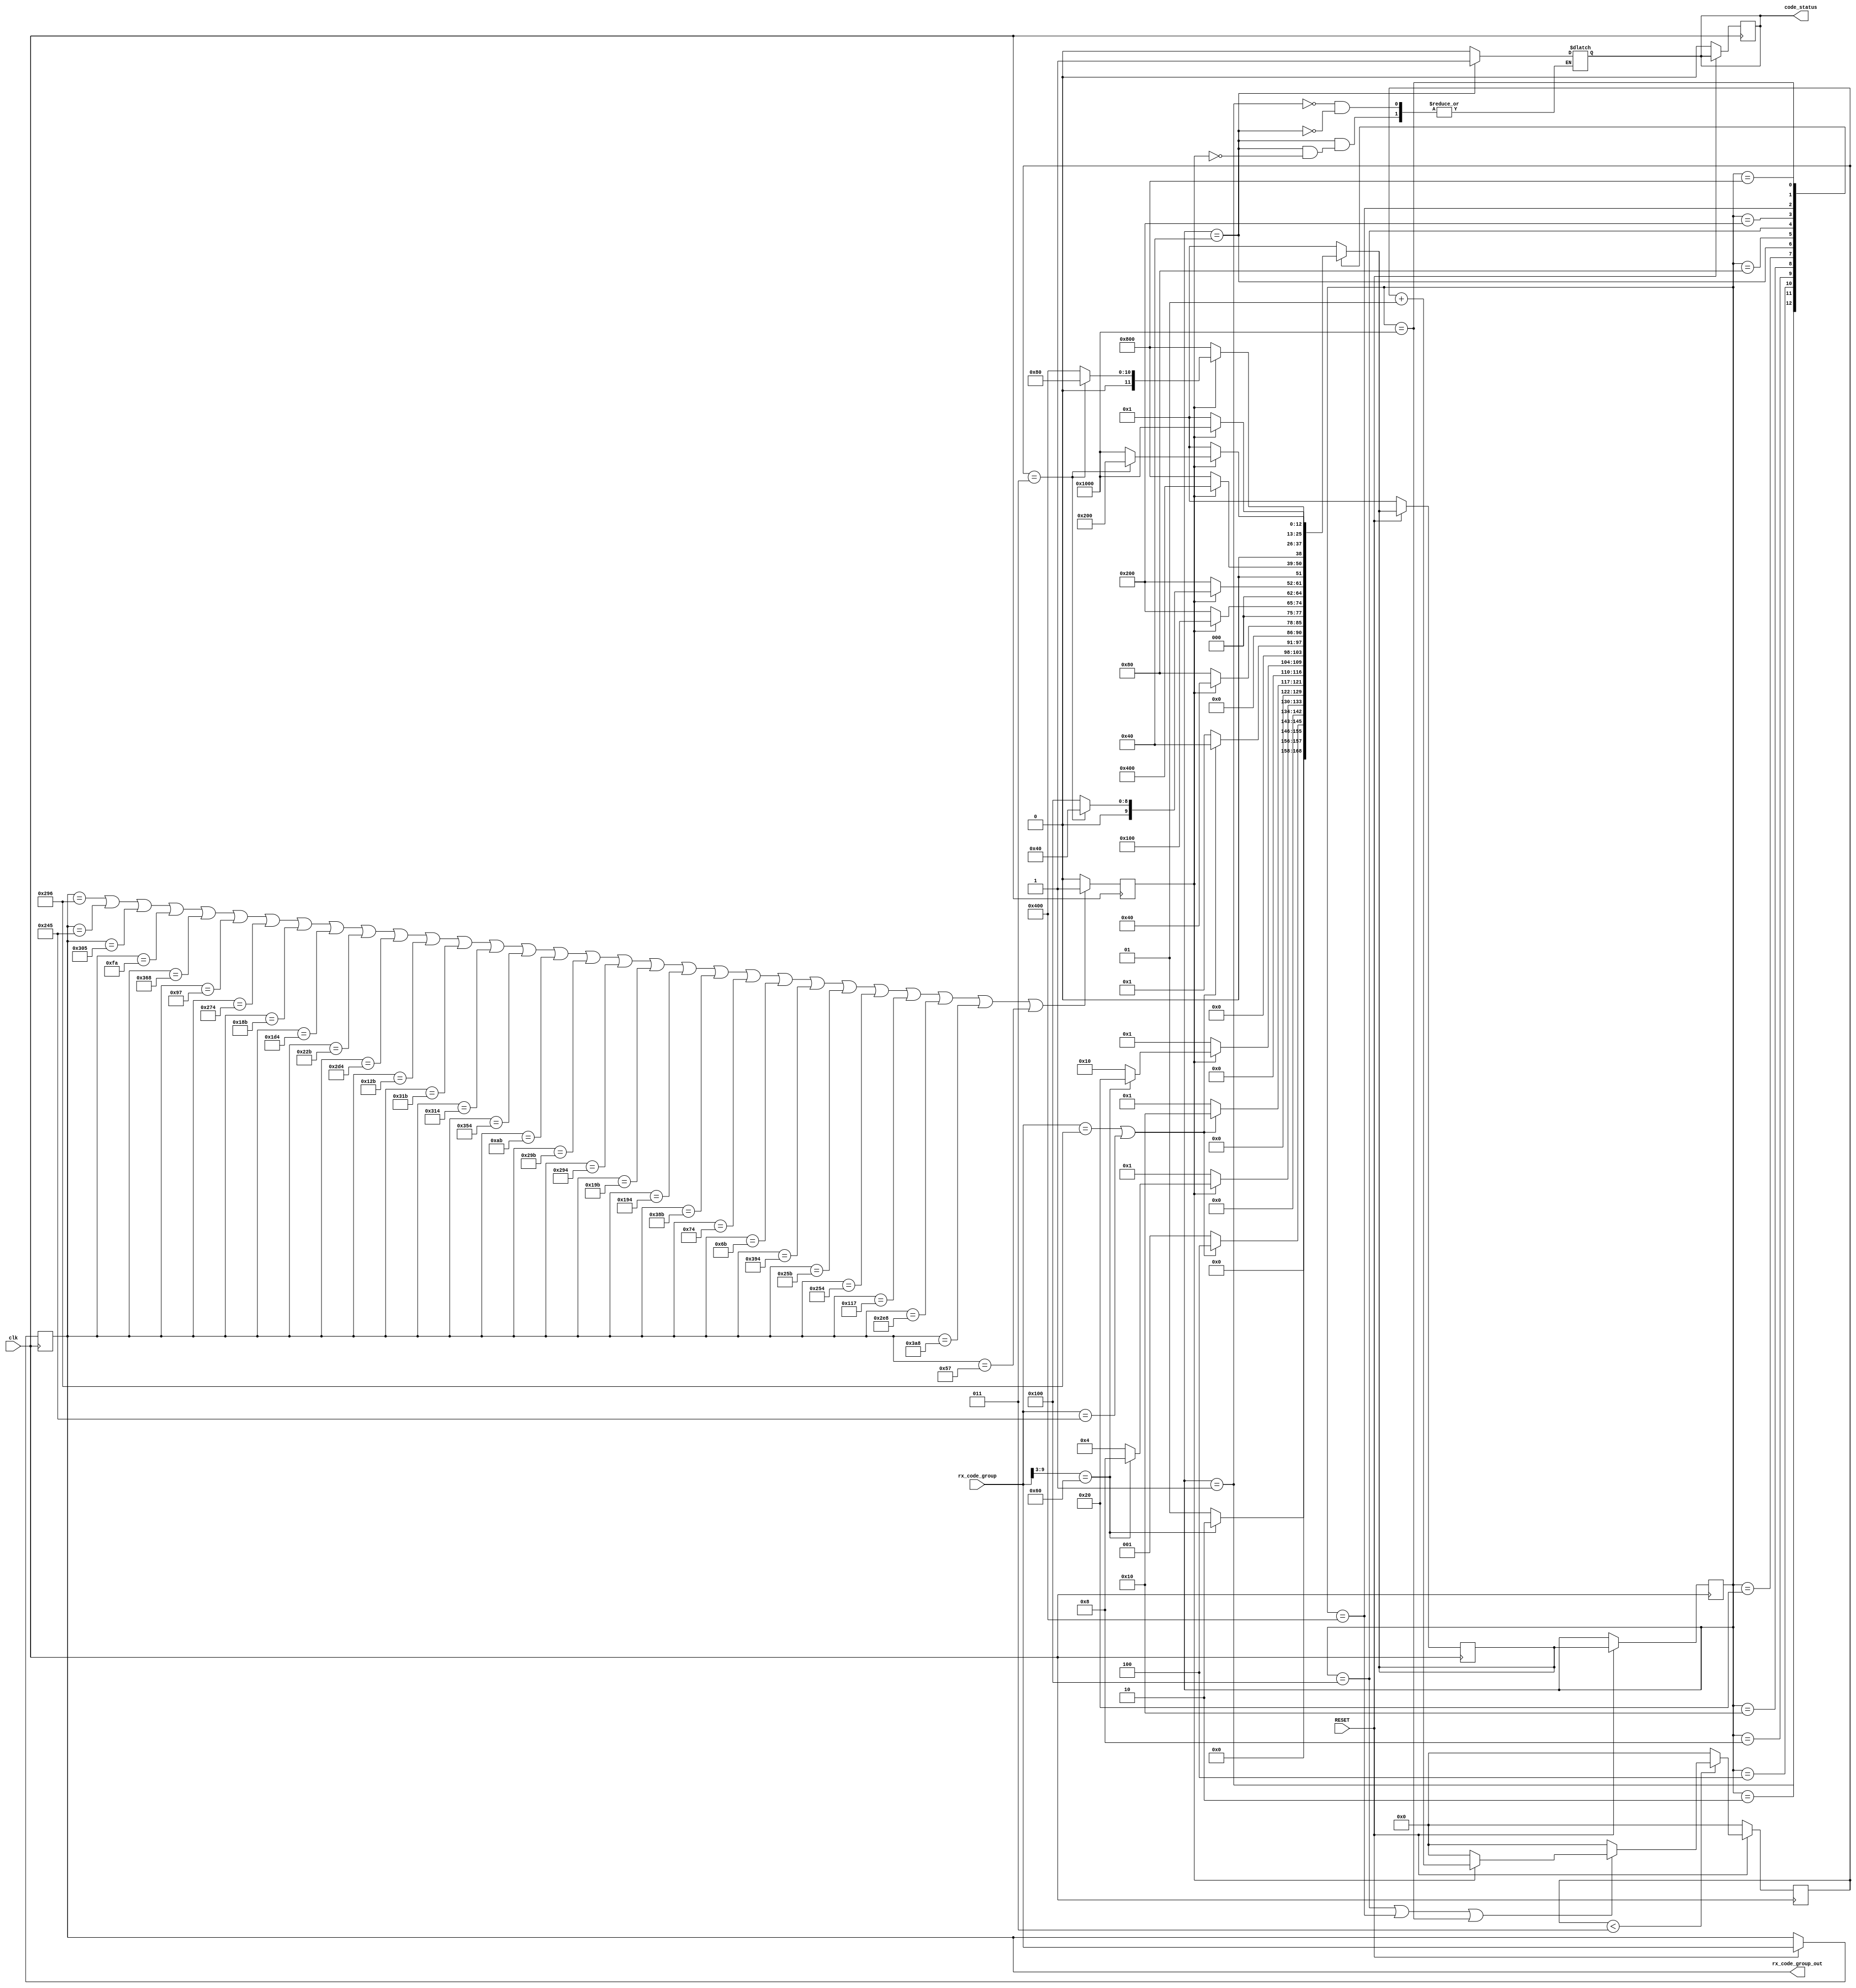
module sincronizador(
rx_code_group,
clk,
RESET,
code_status,
rx_code_group_out

);

//-----------Estados------------
parameter Loss_of_sync = 13'h1;
parameter Comma_detect_1 = 13'h2;
parameter Acquire_Sync_1 = 13'h4;
parameter Comma_detect_2 = 13'h8;
parameter Acquire_Sync_2 = 13'h10;
parameter Comma_detect_3 = 13'h20;
parameter Sync_Acquired_1 = 13'h40;
parameter Sync_Acquired_2 = 13'h80;
parameter Sync_Acquired_2A =13'h100 ;
parameter Sync_Acquired_3 = 13'h200;
parameter Sync_Acquired_3A =13'h400 ;
parameter Sync_Acquired_4 = 13'h800;
parameter Sync_Acquired_4A = 13'h1000;
//-----------Inputs------------
input clk, RESET;
input [9:0] rx_code_group;
//-----------outputs-----------
output reg code_status;
output reg [9:0] rx_code_group_out;
//------------Variables auxiliares--------
reg [6:0] rx; //coma
reg [12:0] state;
integer cdg_cont=0;//contador de codegroups buenos
reg [12:0] nxt_state;
reg rn_even=0;//comar par o impar 
reg valid;//dato valido de los codegroups de control y datos 
//------------Code groups--------
reg [9:0] code_group [0:29];

//------------Codigo--------
always@(posedge clk)begin//flipflops maquina de estado
	if(RESET)begin 
		
		state<= nxt_state;//cambiar de estado
		rx_code_group_out<=rx_code_group;
		if(cdg_cont<3)begin//contador para volver a sincronizarse
			if(state==Sync_Acquired_2A||state==Sync_Acquired_3A||state==Sync_Acquired_4A)begin//si los estados son de sincronizacion 
					if(valid)begin//si el dato es valido 
						cdg_cont<=cdg_cont+1;//suma 1 al contador 
					end else cdg_cont<=0;//
			end else cdg_cont<=0;
		end else cdg_cont<=0;

	end else begin //reset de todas las salidas y variables auxiliares del modulo
		cdg_cont<=0;
		nxt_state<=Loss_of_sync;
		code_status<=0;
	end
end


always @(*)begin

	nxt_state = state;//inicializacion
	
	case(state)//un case para pasar de estado en estado
	
		Loss_of_sync: begin//estado de inicio si hay una coma par
			rx[6:0]=rx_code_group[9:3];
			code_status=0;
			if(rx[6:0] ==7'b1100000)begin
				nxt_state=Comma_detect_1;//pase al siguiente estado
				rn_even=!rn_even;
			end else nxt_state=Loss_of_sync;//repite el estado sino hay coma par
		end
		
		Comma_detect_1: begin //2
			if(rx_code_group==10'b1010010110 || rx_code_group==10'b1001000101)begin//El D es 2 de los casos que se necesitan
				rn_even=0;
				nxt_state=Acquire_Sync_1;//pasa al siguiente estado
			end else nxt_state=Loss_of_sync;//repite el estado si D no es cualquiera de los casos 
		end

		Acquire_Sync_1: begin//si hay una coma par
			rx[6:0]=rx_code_group[9:3];
			if(valid)begin
				if(rx[6:0] == 7'b1100000)begin//
					nxt_state=Comma_detect_2;//pase al siguiente estado
					rn_even=!rn_even;
				end else nxt_state=Acquire_Sync_1;//repite el estado sino hay coma par
			end else nxt_state=Loss_of_sync;//reinicia al primer estado sino dato es invalido
		end

		Comma_detect_2: begin//8
			if(rx_code_group==10'b1010010110 || rx_code_group==10'b1001000101)begin//El D es 2 de los casos que se necesitan
				rn_even=0;
				nxt_state=Acquire_Sync_2;//pasa al siguiente estado
			end else nxt_state=Loss_of_sync;//repite el estado si D no es cualquiera de los casos 
		end 

		Acquire_Sync_2: begin //si hay una coma par
			rx[6:0]=rx_code_group[9:3];
			if(valid)begin
				if(rx[6:0]== 7'b1100000)begin
					nxt_state=Comma_detect_3;//pase al siguiente estado
					rn_even=!rn_even;
				end else nxt_state=Acquire_Sync_2;//repite el estado sino hay coma par
			end else nxt_state=Loss_of_sync;//reinicia al primer estado sino dato es invalido
		end


		Comma_detect_3: begin //20
			if(rx_code_group==10'b1010010110 || rx_code_group==10'b1001000101)begin//El D es 2 de los casos que se necesitan
				rn_even=0;
				nxt_state=Sync_Acquired_1;//pasa al siguiente estado
			end else nxt_state=Loss_of_sync;//repite el estado si D no es cualquiera de los casos 
		end

		Sync_Acquired_1 : begin //40
			if(valid)begin//si el dato es valido pase al siguiente estado y habilite la salida code_status
			rn_even=!rn_even;
			code_status=1;
			//cont1=0;
			nxt_state=Sync_Acquired_1;//si el dato es valido se queda en este estado 
			end else nxt_state=Sync_Acquired_2;//si el dato no es valido pase al siguiente estado
		end

		Sync_Acquired_2 : begin //80
		if(valid)begin//si el dato es valido pase al siguiente estado 
			rn_even = !rn_even;
			//cont1=0;
			nxt_state=Sync_Acquired_2A;
			end else nxt_state=Sync_Acquired_3;//si el dato no es valido pase al siguiente estado de datos invalidos
		end

		Sync_Acquired_2A : begin //100
		if(valid)begin//si el dato es valido inicia la cuenta para no perder la sincronizacion 
				if(cdg_cont==3)begin//si el contador de codegroups buenos es 3 vuelve al estado de sincronizacion 
					//cont1=0;
					nxt_state=Sync_Acquired_1;
				end else begin
					rn_even=!rn_even;
					//cont1=cont1+1;
					nxt_state=Sync_Acquired_2A;//mientras cdg_cont no sea 3 se repite el estado 
				end
			end else nxt_state=Sync_Acquired_3;//si el dato no es valido pase al siguiente estado de datos invalidos
		end

		Sync_Acquired_3 : begin //200
		if(valid)begin//si el dato es valido pase al siguiente estado 
			rn_even=!rn_even;
			//cont1=0;
			nxt_state=Sync_Acquired_3A;
			end else nxt_state=Sync_Acquired_4;// //si el dato no es valido pase al siguiente estado de datos invalidos
		end
		

		Sync_Acquired_3A : begin //400
		if(valid)begin//si el dato es valido inicia la cuenta para no perder la sincronizacion 
				if(cdg_cont==3)begin//si el contador de codegroups buenos es 3 vuelve al estado anterior de sincronizacion para poder volver a estar sincronizado
					//cont1=0;
					nxt_state=Sync_Acquired_2;
				end else begin
					rn_even=!rn_even;
					//cont1=cont1+1;
					nxt_state=Sync_Acquired_3A;//mientras cdg_cont no sea 3 se repite el estado 
				end
			end else nxt_state=Sync_Acquired_4;//si el dato no es valido pase al siguiente estado de datos invalidos
		end

		Sync_Acquired_4 : begin //800
		if(valid)begin//si el dato es valido pase al siguiente estado 
			rn_even=!rn_even;
			//cont1=0;
			nxt_state=Sync_Acquired_4A;
			end else nxt_state = Loss_of_sync;//si el dato no es valido pase al estado de inicio y pierde la sincronizacion 
		end

		Sync_Acquired_4A : begin //1000
		if(valid)begin//si el dato es valido inicia la cuenta para no perder la sincronizacion 
				if(cdg_cont==3)begin//si el contador de codegroups buenos es 3 vuelve al estado anterior de sincronizacion para poder volver a estar sincronizado
					nxt_state=Sync_Acquired_3;
					//cont1=0;
				end else begin
					rn_even=!rn_even;
					//cont1=cont1+1;
					nxt_state=Sync_Acquired_4A;//mientras cdg_cont no sea 3 se repite el estado 
				end
			end else nxt_state=Loss_of_sync;//si el dato no es valido pase al estado de inicio y pierde la sincronizacion 
		end

		default: nxt_state = Loss_of_sync;//si no pasa nada se pasa al primer estado
	endcase
	
end

always@(posedge clk)begin

	code_group[0]= 10'b1010010110; //D5.6 impar= 1010010110
 	code_group[1]= 10'b1001000101; 	//D16.2 impar=1001000101
	code_group[2]= 10'b1100000101;	// K28.5 par=1100000101
	code_group[3]= 10'b0011111010; //K28.5 impar=0011111010
	code_group[4]= 10'b1101101000; //K27.7 impar=1101101000
	code_group[5]= 10'b0010010111; //K27.7 par=0010010111
	code_group[6]= 10'b1001110100; //D0.0 impar=1001110100\
	code_group[7]= 10'b0110001011; //D0.0 par=0110001011
	code_group[8]= 10'b0111010100; //D1.0 impar=0111010100
	code_group[9]= 10'b1000101011;//D1.0 par=1000101011
	code_group[10]= 10'b1011010100;//D2.0 impar=1011010100
	code_group[11]= 10'b0100101011;//D2.0 par=0100101011
	code_group[12]= 10'b1100011011;//D3.0 impar=1100011011
	code_group[13]= 10'b1100010100;//D3.0 par=1100010100
	code_group[14]= 10'b1101010100;//D4.0 impar=1101010100
	code_group[15]= 10'b0010101011;//D4.0 par=0010101011
	code_group[16]= 10'b1010011011;//D5.0 impar=1010011011
	code_group[17]= 10'b1010010100;//D5.0 par=1010010100
	code_group[18]= 10'b0110011011;//D6.0 impar=0110011011
	code_group[19]= 10'b0110010100;//D6.0 par=0110010100
	code_group[20]= 10'b1110001011;//D7.0 impar=1110001011
	code_group[21]= 10'b0001110100;//D7.0 par=0001110100
	code_group[22]= 10'b0001101011;//D8.0 par=0001101011
	code_group[23]= 10'b1110010100;//D8.0 impar=1110010100
	code_group[24]= 10'b1001011011;//D9.0 impar=1001011011
	code_group[25]= 10'b1001010100;//D9.0 par=1001010100
	code_group[26]= 10'b0100010111;//K29.7=0100010111 par
	code_group[27]= 10'b1011101000;//K29.7=1011101000 impar
	code_group[28]= 10'b1110101000;//k23.7 R par
	code_group[29]= 10'b0001010111;//k23.7 R impar

	//si se cumple que el dato esta en la lista el code group es valido 
	if(rx_code_group_out==code_group[0]||rx_code_group_out==code_group[1]||rx_code_group_out==code_group[2]||rx_code_group_out==code_group[3]||rx_code_group_out==code_group[4]
	||rx_code_group_out==code_group[5]||rx_code_group_out==code_group[6]||rx_code_group_out==code_group[7]||rx_code_group_out==code_group[8]||rx_code_group_out==code_group[9]
	||rx_code_group_out==code_group[10]||rx_code_group_out==code_group[11]||rx_code_group_out==code_group[12]||rx_code_group_out==code_group[13]||rx_code_group_out==code_group[14]
	||rx_code_group_out==code_group[15]||rx_code_group_out==code_group[16]||rx_code_group_out==code_group[17]||rx_code_group_out==code_group[18]||rx_code_group_out==code_group[19]
	||rx_code_group_out==code_group[20]||rx_code_group_out==code_group[21]||rx_code_group_out==code_group[22]||rx_code_group_out==code_group[23]||rx_code_group_out==code_group[24]
	||rx_code_group_out==code_group[25]||rx_code_group_out==code_group[26]||rx_code_group_out==code_group[27]||rx_code_group_out==code_group[28]||rx_code_group_out==code_group[29]
	)begin
	valid=1;
	
	end else valid=0;


end


endmodule